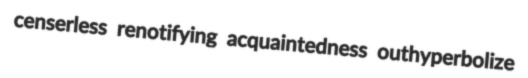
censerless renotifying acquaintedness outhyperbolize